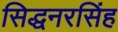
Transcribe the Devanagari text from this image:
सिद्धनरसिंह